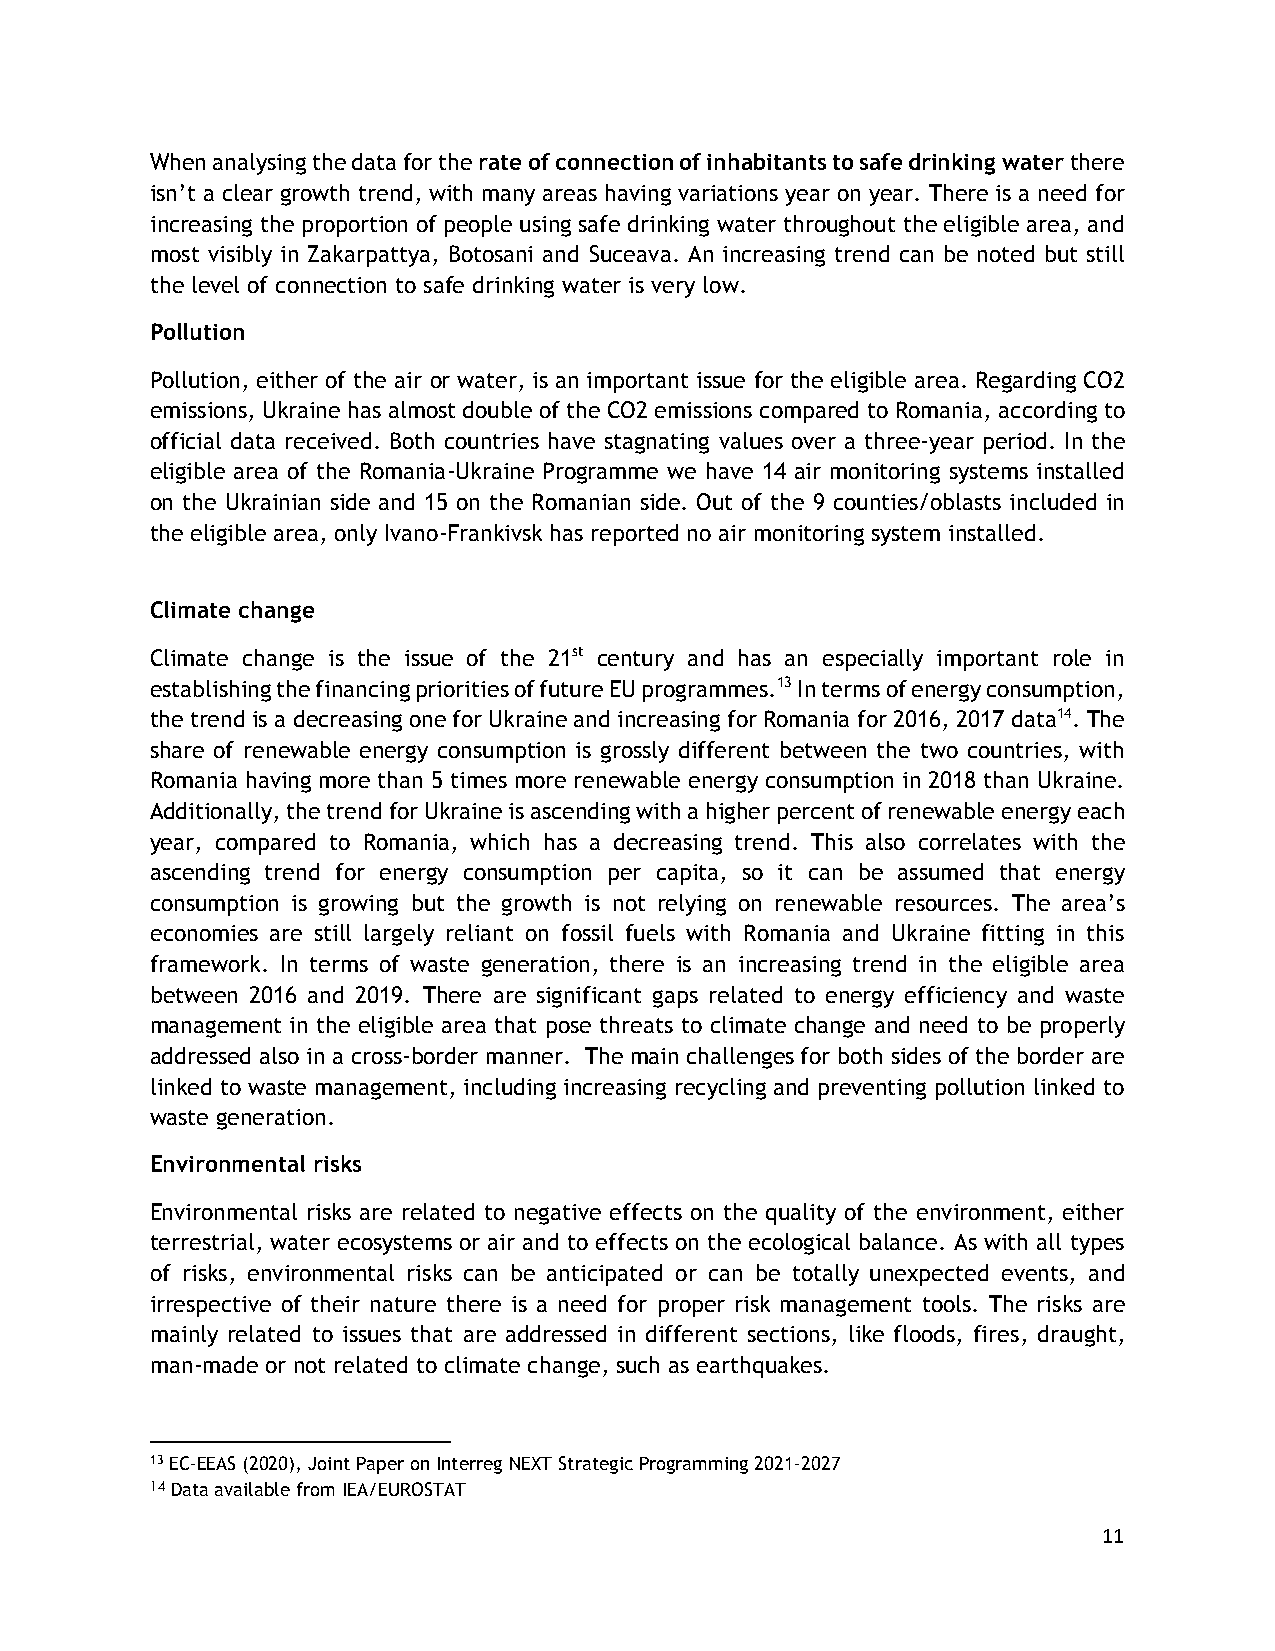
When analysing the data for the rate of connection of inhabitants to safe drinking water there
 isn’t a clear growth trend, with many areas having variations year on year. There is a need for
 increasing the proportion of people using safe drinking water throughout the eligible area, and
 most visibly in Zakarpattya, Botosani and Suceava. An increasing trend can be noted but still
 the level of connection to safe drinking water is very low.
 Pollution
 Pollution, either of the air or water, is an important issue for the eligible area. Regarding CO2
 emissions, Ukraine has almost double of the CO2 emissions compared to Romania, according to
 official data received. Both countries have stagnating values over a three-year period. In the
 eligible area of the Romania-Ukraine Programme we have 14 air monitoring systems installed
 on the Ukrainian side and 15 on the Romanian side. Out of the 9 counties/oblasts included in
 the eligible area, only Ivano-Frankivsk has reported no air monitoring system installed.
 Climate change
 Climate change is the issue of the 21st century and has an especially important role in
 establishing the financing priorities of future EU programmes.13 In terms of energy consumption,
 the trend is a decreasing one for Ukraine and increasing for Romania for 2016, 2017 data14. The
 share of renewable energy consumption is grossly different between the two countries, with
 Romania having more than 5 times more renewable energy consumption in 2018 than Ukraine.
 Additionally, the trend for Ukraine is ascending with a higher percent of renewable energy each
 year, compared to Romania, which has a decreasing trend. This also correlates with the
 ascending trend for energy consumption per capita, so it can be assumed that energy
 consumption is growing but the growth is not relying on renewable resources. The area’s
 economies are still largely reliant on fossil fuels with Romania and Ukraine fitting in this
 framework. In terms of waste generation, there is an increasing trend in the eligible area
 between 2016 and 2019. There are significant gaps related to energy efficiency and waste
 management in the eligible area that pose threats to climate change and need to be properly
 addressed also in a cross-border manner. The main challenges for both sides of the border are
 linked to waste management, including increasing recycling and preventing pollution linked to
 waste generation.
 Environmental risks
 Environmental risks are related to negative effects on the quality of the environment, either
 terrestrial, water ecosystems or air and to effects on the ecological balance. As with all types
 of risks, environmental risks can be anticipated or can be totally unexpected events, and
 irrespective of their nature there is a need for proper risk management tools. The risks are
 mainly related to issues that are addressed in different sections, like floods, fires, draught,
 man-made or not related to climate change, such as earthquakes.
 13 EC-EEAS (2020), Joint Paper on Interreg NEXT Strategic Programming 2021-2027
 14 Data available from IEA/EUROSTAT
 11